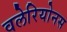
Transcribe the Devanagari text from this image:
वलेरियोनस